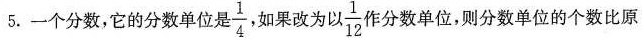
5.一个分数，它的分数单位是 \frac{1}{4} 如果改为以 \frac{1}{12} 分数单位，则分数单位的个数比原